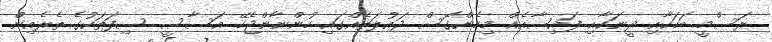
ރަސްމީ ބަހަކާއި ދީނަކާއި ފައިސާއެއް މިހެންގޮސް ދައުލަތެއްގައި ހުންނާންޖެހޭ އަސާސީ ސިފަތަކުގެ ތެރެއިން